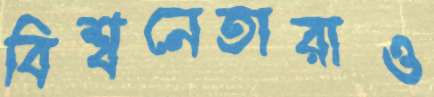
বিশ্বনেতারাও